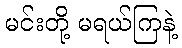
မင်းတို့ မရယ်ကြနဲ့